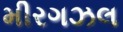
મીરગઝલ